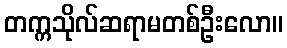
တက္ကသိုလ်ဆရာမတစ်ဦးလော။